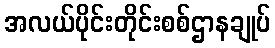
အလယ်ပိုင်းတိုင်းစစ်ဌာနချုပ်